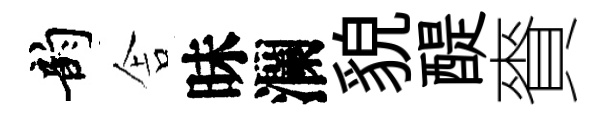
韵舎昧瀾貌醍賚